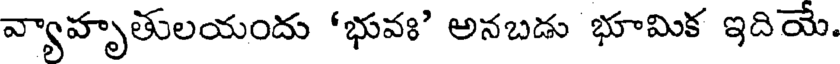
వ్యాహృతులయందు 'భువః' అనబడు భూమిక ఇదియే.